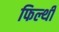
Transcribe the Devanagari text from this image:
फिल्थी